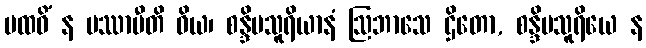
ပထဝိံ န ပဿာမီတိ ဝိယ၊ စန္ဒိမသူရိယာနံ ဩဘာသေ ဌိတော, စန္ဒိမသူရိယေ န